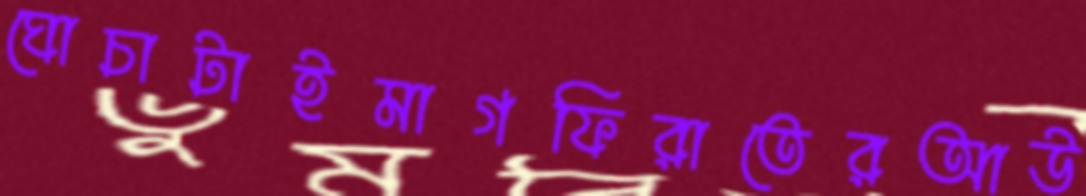
ঘোচাটাইমাগফিরাতেরআউ